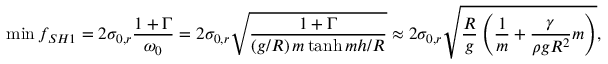
\operatorname* { m i n } { f _ { S H 1 } } = 2 \sigma _ { 0 , r } \frac { 1 + \Gamma } { \omega _ { 0 } } = 2 \sigma _ { 0 , r } \sqrt { \frac { 1 + \Gamma } { \left( g / R \right) m \operatorname { t a n h } { m h / R } } } \approx 2 \sigma _ { 0 , r } \sqrt { \frac { R } { g } \left( \frac { 1 } { m } + \frac { \gamma } { \rho g R ^ { 2 } } m \right) } ,